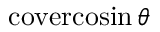
\operatorname { c o v e r c o s i n } \theta